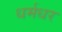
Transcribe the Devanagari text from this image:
धर्मधर